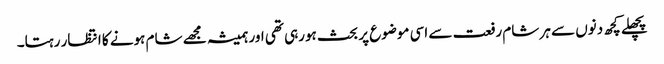
پچھلے کچھ دنوں سے ہر شام رفعت سے اسی موضوع پر بحث ہورہی تھی اور ہمیشہ مجھے شام ہونے کا انتظار رہتا۔